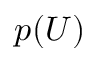
p ( U )